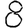
Digit: 8